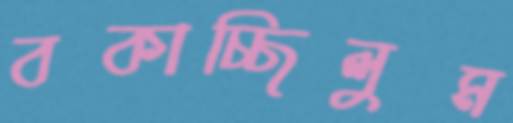
বকাচ্ছিলুম